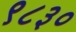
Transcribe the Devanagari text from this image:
९८३०